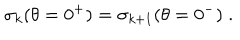
\sigma _ { k } ( \theta = 0 ^ { + } ) = \sigma _ { k + 1 } ( \theta = 0 ^ { - } ) \; .